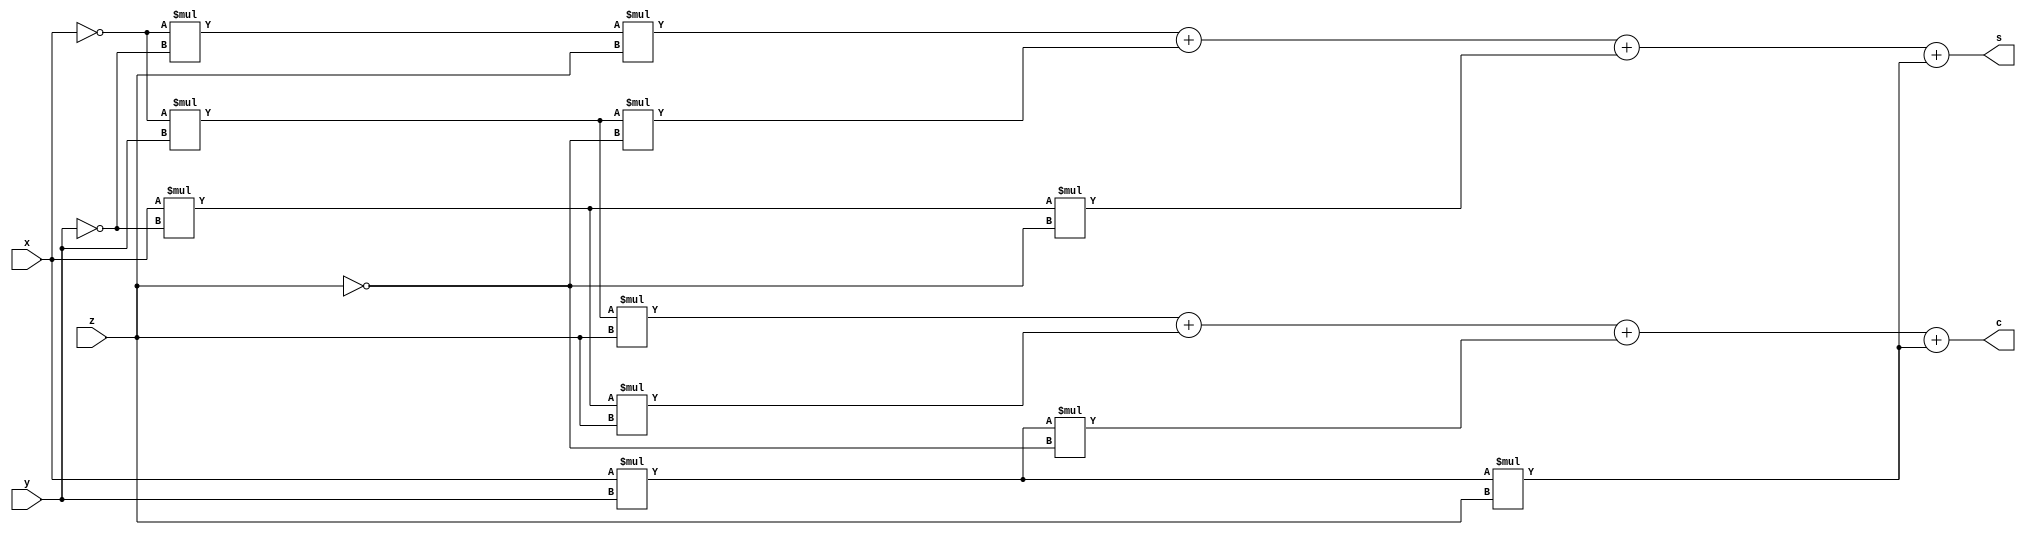
`timescale 1ns/1ps

module fadder3x8(s,c,x,y,z);
    input x,y,z;
    output s,c;

    assign s = (~x)*(~y)*z + (~x)*y*(~z) + x*(~y)*(~z) + x*y*z;
    assign c = (~x)*y*z + x*(~y)*z + x*y*(~z) + x*y*z;
endmodule

module fadder_8(s,c,x,y, cin);
    input [7:0] x,y;
    input cin;
    output [7:0] s,c;
    genvar j;

    fadder3x8 f(s[0],c[0],x[0],y[0],cin);

    generate for(j=1; j<8; j=j+1) begin: add_loop
        fadder3x8 f1(s[j], c[j], x[j], y[j], c[j-1]);
    end
    endgenerate
endmodule

module testbench;
    reg [7:0] x,y;
    reg cin;
    wire [7:0] s,c;

    fadder_8 f1(s,c,x,y,cin);

    initial
    begin
        $monitor(,$time, " x=%b, y=%b, cin=%b, s=%b, c=%b ", x,y,cin,s,c);
        #0 x=8'b0; y=8'b0; cin = 0;
        #5 x=8'b0; y=8'b1; cin = 0;
        #10 x=8'b1; y=8'b0; cin = 0;
        #5 x=8'b1; y=8'b1; cin = 0;
        #100 $finish;
    end
endmodule